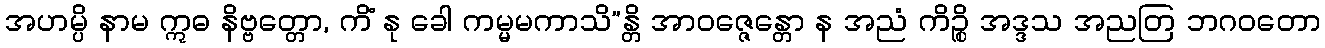
အဟမ္ပိ နာမ ဣဓ နိဗ္ဗတ္တော, ကိံ နု ခေါ ကမ္မမကာသိ”န္တိ အာဝဇ္ဇေန္တော န အညံ ကိဉ္စိ အဒ္ဒသ အညတြ ဘဂဝတော